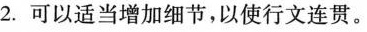
2.可以适当增加细节，以使行文连贯。